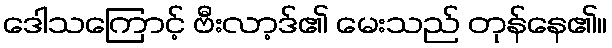
ဒေါသကြောင့် ဗီးလာ့ဒ်၏ မေးသည် တုန်နေ၏။